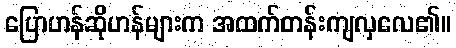
ပြောဟန်ဆိုဟန်များက အထက်တန်းကျလှလေ၏။